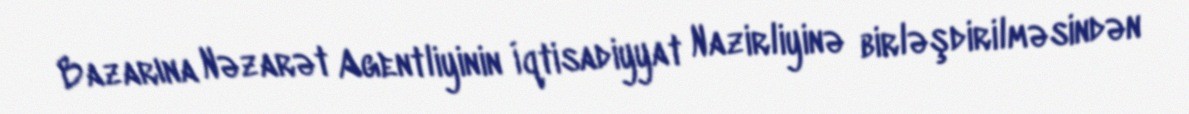
Bazarına Nəzarət Agentliyinin İqtisadiyyat Nazirliyinə birləşdirilməsindən